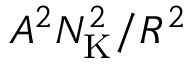
A ^ { 2 } N _ { \mathrm { K } } ^ { 2 } / R ^ { 2 }